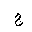
Letter: _gim